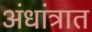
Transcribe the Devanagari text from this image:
अंधांत्रात